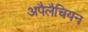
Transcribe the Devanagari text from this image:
अपैलैचियन